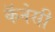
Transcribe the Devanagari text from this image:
कॅनेसी